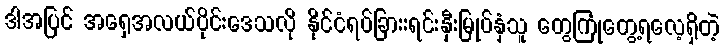
ဒါအပြင် အရှေအလယ်ပိုင်းဒေသလို နိုင်ငံရပ်ခြားးရင်းနှီးမြုပ်နှံသူ တွေကြုံတွေ့ရလေ့ရှိတဲ့